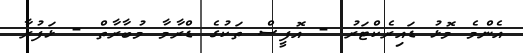
އެންމެ މޮޅު ޑައިރެކްޓަރު - އޮފީސް ތަކުގެ ޑްރާމާ މުބާރާތް - ޅަފުރާ